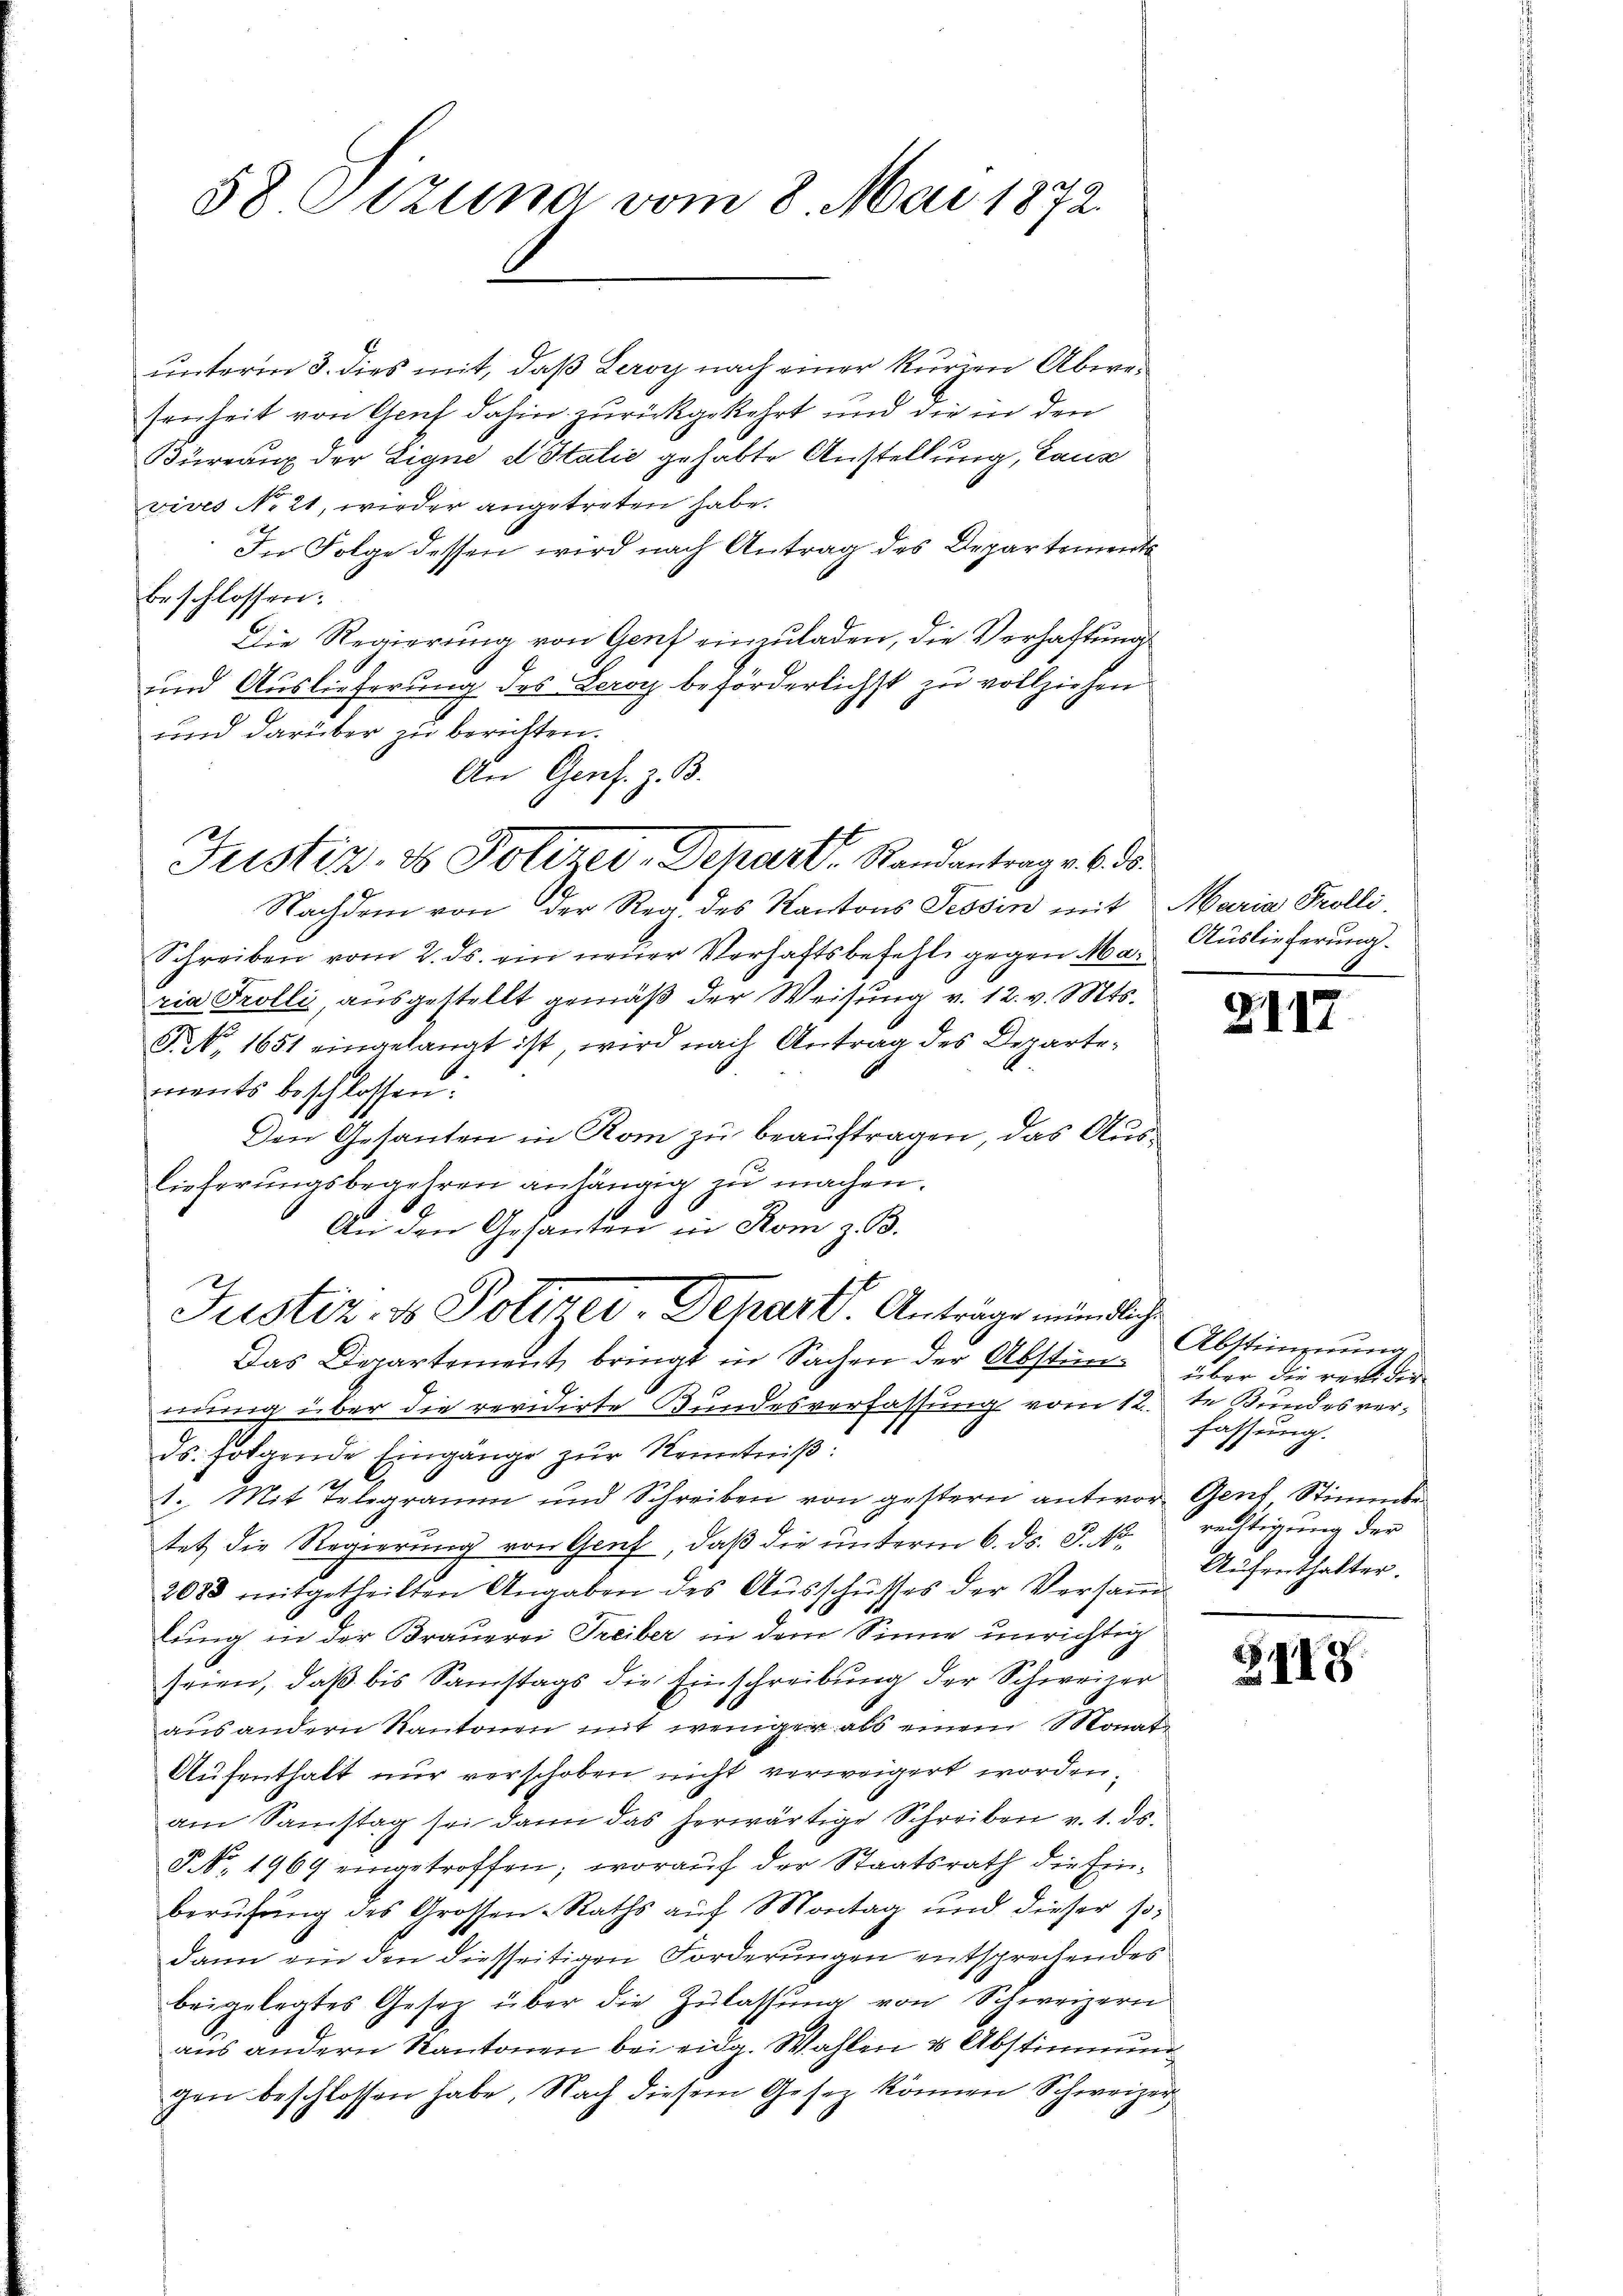
58 Pizuna vom 8. Mai 1872.

unterm 3. dies mit, daß Leroy nach einer kurzen Abersenheit von Genf dahin zurückgekehrt und die in den
Bürrang der Eigne d Italić gehabte Anstellung, Laus
vives Nott, wieder angetreten habe.
In Folge dessen wird nach Antrag des Departements
beschlossen:
Die Regierung von Genf einzuladen, die Verhaftungs
und Auslieferung des Leroy beförderlichst zu vollziehen
und darüber zu berichten.
An Gens. z. B.
Nachdem von der Reg. des Kantons Tessin mit
Schreiben vom 2. ds. ein neuer Verhaftsbefehl gegen Maria Trolli, ausgestellt gemäß der Weisung v. 12. v. Mts.
P.N. 1651 eingelangt ist, wird nach Antrag des Departements beschlossen:
Den Gesandten in Rom zu beauftragen, das Auslieferungsbegehren anhängig zu machen.
An den Gesanten in Rom z. B.
Justiz- & Polizei-Dehart. Anträge mündliche
Das Departement, bringt in Sachen der Abstin über die revidir
eunig über die revidirte Bundesverfassung vom 12.
ds. folgende Eingänge zŭr Kenntniß:
1. Mit Telegramm und Schreiben von gestern antwor Genf, Stimmte
tet die Regierung von Genf, daß die unterm 6. ds. P. No.
2083 mitgetheilten Angaben des Aŭsschŭsses der Versaṁ-
tung in der Brauerei Treiber in dem Sinne unrichtig
seien, daß bis Samstags die Einschreibung der Schweizer
aus andern Kantonen mit weniger als einem Monate
Aufenthalt nur verschoben nicht verweigert worden,
am Samstag sei dann das herwärtige Schreiben v. 1. ds.
P. Nr. 1969 eingetroffen; worauf der Staatsrath die Einberufung des Grossen-Raths auf Montag und dieser sodann ein den diesseitigen Forderungen entsprechendes
beigelegtes Gesetz über die Zulassŭng von Schweizern
aus andern Kantonen bei eidg. Wahlen & Abstimmung
gen beschlossen habe. Nach diesem Gesetz können Schweizer¬

Justiz- & Polizer, Depart. Randantrag v. 6. ds.

Maria Trolli.
Auslieferung.

2117

Abstimmung
te Bundesver-
fassung.
rechtigung der
Aufenthalter.

S. 119